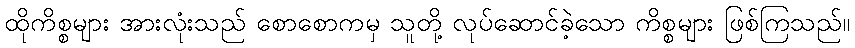
ထိုကိစ္စများ အားလုံးသည် စောစောကမှ သူတို့ လုပ်ဆောင်ခဲ့သော ကိစ္စများ ဖြစ်ကြသည်။